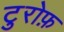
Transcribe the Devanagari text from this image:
टुरोफ़